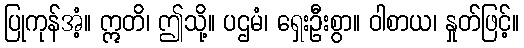
ပြုကုန်အံ့။ ဣတိ၊ ဤသို့။ ပဌမံ၊ ရှေးဦးစွာ။ ဝါစာယ၊ နှုတ်ဖြင့်။